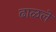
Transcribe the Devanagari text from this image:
ढाळले